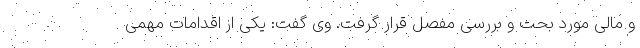
و مالی مورد بحث و بررسی مفصل قرار گرفت. وی گفت: یکی از اقدامات مهمی